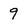
Character: 9